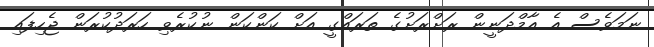
ނަމަވެސް އެ އާމްދަނީން ރަށްރަށުގެ ތަރައްގީ އަށް ކަންކަން ނުކުރެވި ހަރަދުކުރަން ޖެހިފައި